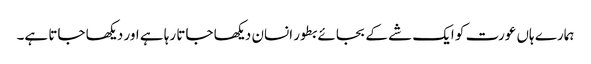
ہمارے ہاں عورت کو ایک شے کے بجائے بطور انسان دیکھا جاتا رہا ہے اور دیکھا جاتا ہے۔